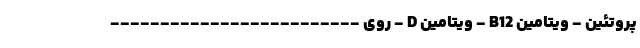
پروتئین - ویتامین B12 - ویتامین D - روی -------------------------